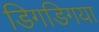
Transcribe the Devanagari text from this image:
डिगडिगया